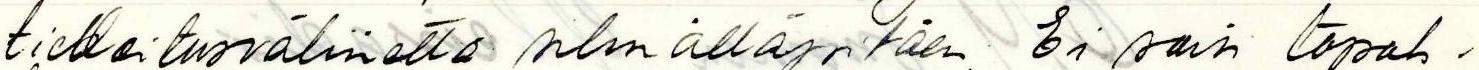
tiedoitusvälinettä silmälläpitäen. Ei saisi tapah-